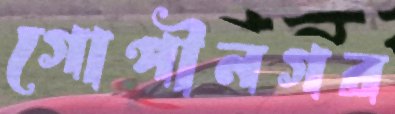
গোপীনগর